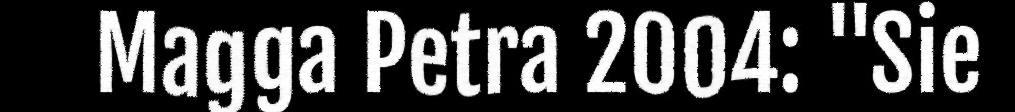
Magga Petra 2004: "Sie